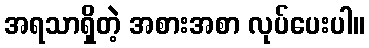
အရသာရှိတဲ့ အစားအစာ လုပ်ပေးပါ။